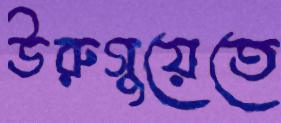
উরুগুয়েতে